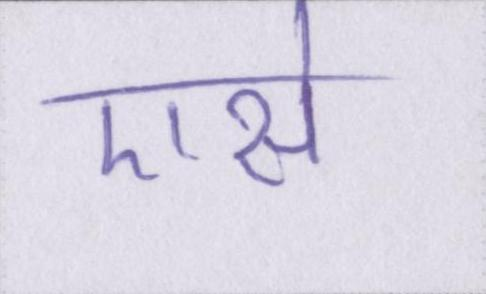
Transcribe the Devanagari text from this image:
एसे